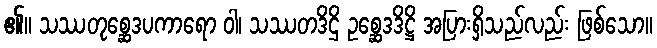
၏။ သဿတုစ္ဆေဒပကာရော ဝါ၊ သဿတဒိဌိ ဥစ္ဆေဒဒိဋ္ဌိ အပြားရှိသည်လည်း ဖြစ်သော။